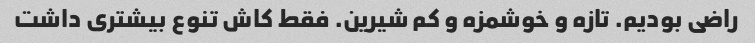
راضی بودیم. تازه و خوشمزه و کم شیرین. فقط کاش تنوع بیشتری داشت